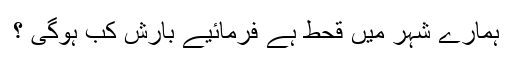
ہمارے شہر میں قحط ہے فرمائیے بارش کب ہوگی ؟